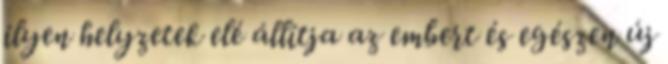
ilyen helyzetek elé állítja az embert és egészen új